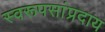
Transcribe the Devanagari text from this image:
स्वरूपसांप्रदाय